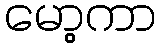
မော့ကာ